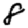
Digit: 8